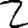
Digit: 2